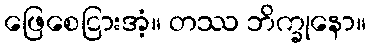
ဖြေစေငြားအံ့။ တဿ ဘိက္ခုနော။